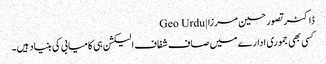
ڈاکٹر تصور حسین مرزا | Geo Urdu
کسی بھی جموری ادارے میں صاف شفاف الیکشن ہی کامیابی کی بنیاد ہیں۔